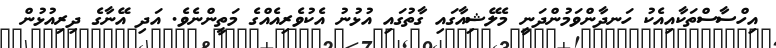
އިހްސާސްތަކާއިއެކު ހަނދާންވަމުންދަނީ މެލޭޝިއާގައި ގާތުގައި އުޅުނު އެކުވެރިއެއްގެ މަތީންނެވެ. އަދި އޭނާގެ ދިރިއުޅުން